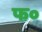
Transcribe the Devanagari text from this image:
फ०